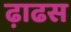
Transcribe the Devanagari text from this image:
ढ़ाढस